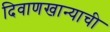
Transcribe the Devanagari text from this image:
दिवाणखान्याची